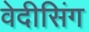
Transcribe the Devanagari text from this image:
वेदीसिंग